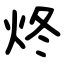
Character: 炵